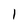
Character: 1